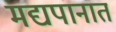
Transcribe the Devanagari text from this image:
मद्यपानात